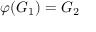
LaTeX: \varphi ( G _ { 1 } ) = G _ { 2 }